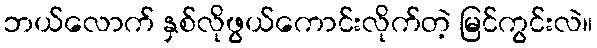
ဘယ်လောက် နှစ်လိုဖွယ်ကောင်းလိုက်တဲ့ မြင်ကွင်းလဲ။